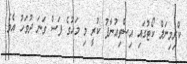
ކްރިމިނަލް ކޯޓުގައި އިސްތިއުނާފު ކުރީ މި މަހުގެ ފަސް ވަނަ ދުވަހު އެވެ.